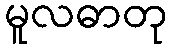
မူလဓာတု